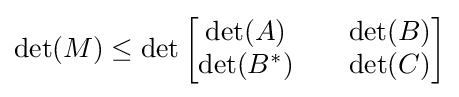
\det(M)\leq \det {\begin{bmatrix}\det(A)&&\det(B)\\\det(B^{*})&&\det(C)\end{bmatrix}}